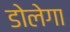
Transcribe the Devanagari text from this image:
डोलेगा